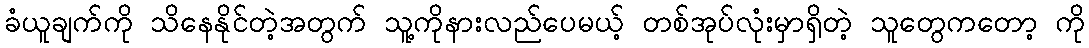
ခံယူချက်ကို သိနေနိုင်တဲ့အတွက် သူ့ကိုနားလည်ပေမယ့် တစ်အုပ်လုံးမှာရှိတဲ့ သူတွေကတော့ ကို